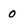
Character: 0